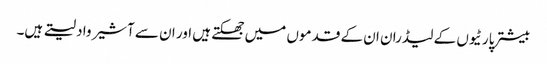
بیشتر پارٹیوں کے لیڈران ان کے قدموں میں جھکتے ہیں اور ان سے آشیرواد لیتے ہیں۔